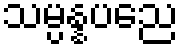
သမ္ပန္နပညေ